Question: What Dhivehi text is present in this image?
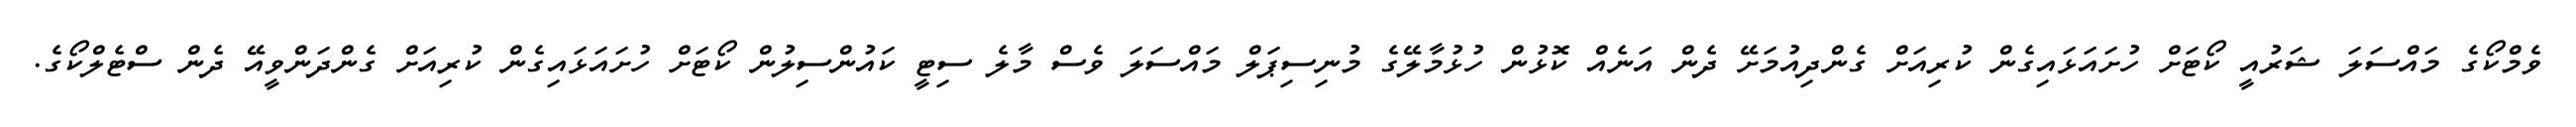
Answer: ވެމްކޯގެ މައްސަލަ ޝަރުއީ ކޯޓަށް ހުށައަޅައިގެން ކުރިއަށް ގެންދިއުމަށޭ ދެން އަނެއް ކޮޅުން ހުޅުމާލޭގެ މުނިސިޕަލް މައްސަލަ ވެސް މާލެ ސިޓީ ކައުންސިލުން ކޯޓަށް ހުށައަޅައިގެން ކުރިއަށް ގެންދަންވީއޭ ދެން ސްޓެލްކޯގެ.